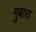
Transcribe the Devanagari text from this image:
गुबारा